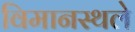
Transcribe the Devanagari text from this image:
विमानस्थले